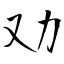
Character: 劝